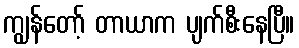
ကျွန်တော့် တာယာက ပျက်စီးနေပြီ။